Civil Veterinary Department Bihar reports 1936-40 - 1936-1940
Year: 1936
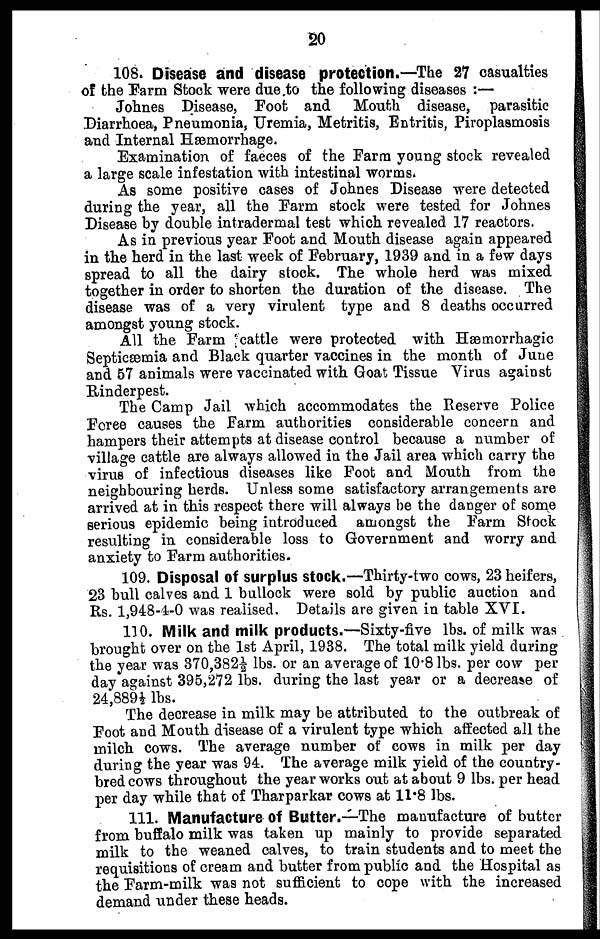
20
108. Disease and disease protection.—The 27 casualties
of the Farm Stock were due to the following diseases :—
Johnes Disease, Foot and
Mouth disease, parasitic
Diarrhoea, Pneumonia, Uremia, Metritis, Entritis, Piroplasmosis
and Internal Hæmorrhage.
Examination of faeces of the Farm young stock revealed
a large scale infestation with intestinal worms.
As some positive cases of Johnes Disease were detected
during the year, all the Farm stock were tested for Johnes
Disease by double intradermal test which revealed 17 reactors.
As in previous year Foot and Mouth disease again appeared
in the herd in the last week of February, 1939 and in a few days
spread to all the dairy stock. The whole herd was mixed
together in order to shorten the duration of the disease. The
disease was of a very virulent type and 8 deaths occurred
amongst young stock.
All the Farm cattle were protected with Hæmorrhagic
Septicæmia and Black quarter vaccines in the month of June
and 57 animals were vaccinated with Goat Tissue Virus against
Rinderpest.
The Camp Jail which accommodates the Reserve Police
Foree causes the Farm authorities considerable concern and
hampers their attempts at disease control because a number of
village cattle are always allowed in the Jail area which carry the
virus of infectious diseases like Foot and Mouth from the
neighbouring herds. Unless some satisfactory arrangements are
arrived at in this respect there will always be the danger of some
serious epidemic being introduced amongst the Farm Stock
resulting in considerable loss to Government and worry and
anxiety to Farm authorities.
109. Disposal of surplus stock.—Thirty-two cows, 23 heifers,
23 bull calves and 1 bullock were sold by public auction and
Rs. 1,948-4-0 was realised. Details are given in table XVI.
110. Milk and milk products.—Sixty-five lbs. of milk was
brought over on the 1st April, 1938. The total milk yield during
the year was 370,382½ lbs. or an average of 10.8 lbs. per cow per
day against 395,272 lbs. during the last year or a decrease of
24,889½ lbs.
The decrease in milk may be attributed to the outbreak of
Foot and Mouth disease of a virulent type which affected all the
milch cows. The average number of cows in milk per day
during the year was 94. The average milk yield of the country-
bred cows throughout the year works out at about 9 lbs. per head
per day while that of Tharparkar cows at 11.8 lbs.
111. Manufacture of Butter —The manufacture of butter
from buffalo milk was taken up mainly to provide separated
milk to the weaned calves, to train students and to meet the
requisitions of cream and butter from public and the Hospital as
the Farm-milk was not sufficient to cope with the increased
demand under these heads.